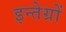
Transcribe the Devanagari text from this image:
इन्तेग्रों